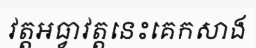
វត្តអធ្វាវត្តនេះគេកសាង